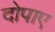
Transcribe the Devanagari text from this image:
दोपाए